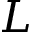
L